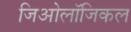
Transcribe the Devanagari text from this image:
जिओलॉजिकल